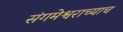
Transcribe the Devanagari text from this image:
संगमेश्वराच्याच